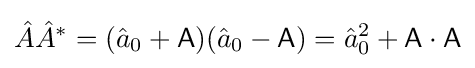
{\hat {A}}{\hat {A}}^{*}=({\hat {a}}_{0}+{\mathsf {A}})({\hat {a}}_{0}-{\mathsf {A}})={\hat {a}}_{0}^{2}+{\mathsf {A}}\cdot {\mathsf {A}}